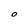
Character: O